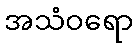
အသံဝရော